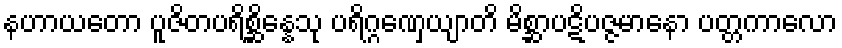
နဟာယတော ပူဇိတပရိစ္ဆိန္နေသု ပရိဂ္ဂဏှေယျာတိ မိစ္ဆာပဋိပဇ္ဇမာနော ပတ္တကာလော